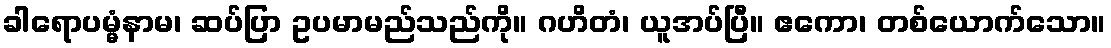
ခါရောပမ္မံနာမ၊ ဆပ်ပြာ ဥပမာမည်သည်ကို။ ဂဟိတံ၊ ယူအပ်ပြီ။ ဧကော၊ တစ်ယောက်သော။